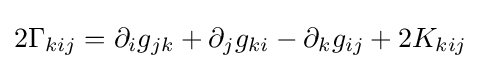
2\Gamma _{kij}=\partial _{i}g_{jk}+\partial _{j}g_{ki}-\partial _{k}g_{ij}+2K_{kij}